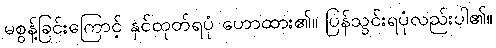
မစွန့်ခြင်းကြောင့် နှင်ထုတ်ရပုံ ဟောထား၏။ ပြန်သွင်းရပုံလည်းပါ၏။